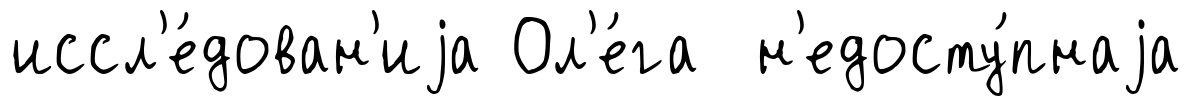
иссл'е́дован'иjа Ол'е́га н'едосту́пнаjа